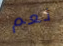
نعم